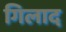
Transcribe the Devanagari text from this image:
गिलाद